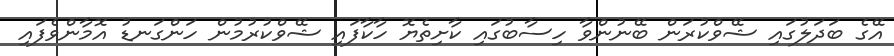
އޭގެ ބަދަލުގައި ޝޭވްކުރަން ބޭނުންވާ ހިސާބުގައި ކާށިތެޔޮ ހާކާފައި ޝޭވްކުރުމުން ހަންގަނޑު އޮމާންވެފައި